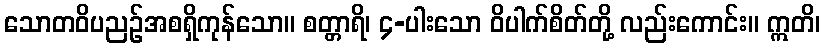
သောတဝိပညဉ်အစရှိကုန်သော။ စတ္တာရိ၊ ၄-ပါးသော ဝိပါက်စိတ်တို့ လည်းကောင်း။ ဣတိ၊